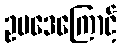
ဥပဒေကြောင့်